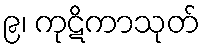
၉၊ ကုဋိကာသုတ်